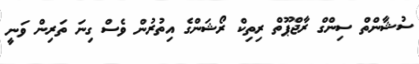
ސުޝާންތް ސިންގް ރާޖްޕޫތް ރިތިކް ރޯޝަންގެ އިތުރުން ވެސް ގިނަ ތަރިން ވަނީ